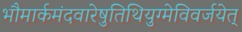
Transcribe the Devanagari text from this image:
भौमार्कमंदवारेषुतिथियुग्मेविवर्जयेत्